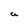
Character: a